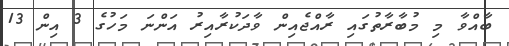
ބާއްވާ މި މުބާރާތުގައި ރާއްޖެއިން ވާދަކުރާއިރު އަންނަ މަހުގެ 3 އިން 13